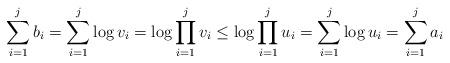
LaTeX: \begin{align*}\sum_{i=1}^j b_i = \sum_{i=1}^j \log v_i = \log\prod_{i=1}^j v_i \leq \log\prod_{i=1}^j u_i = \sum_{i=1}^j \log u_i = \sum_{i=1}^j a_i \end{align*}